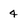
Character: 4